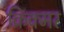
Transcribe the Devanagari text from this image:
क्रिक्मर